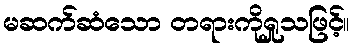
မဆက်ဆံသော တရားကိုရှုသဖြင့်။